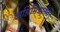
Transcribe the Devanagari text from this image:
अग्निमित्रानंतर